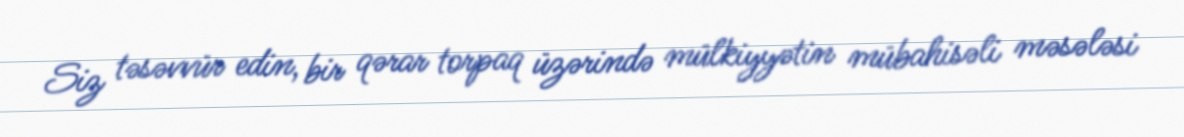
Siz təsəvvür edin, bir qərar torpaq üzərində mülkiyyətin mübahisəli məsələsi